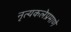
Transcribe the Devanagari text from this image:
नृत्यकलेप्रमाणे